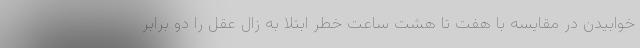
خوابیدن در مقایسه با هفت تا هشت ساعت خطر ابتلا به زال عقل را دو برابر